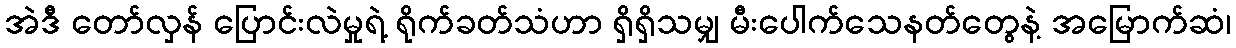
အဲဒီ တော်လှန် ပြောင်းလဲမှုရဲ့ ရိုက်ခတ်သံဟာ ရှိရှိသမျှ မီးပေါက်သေနတ်တွေနဲ့ အမြောက်ဆံ၊